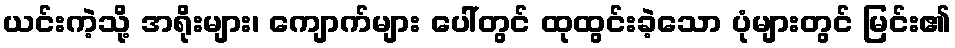
ယင်းကဲ့သို့ အရိုးများ၊ ကျောက်များ ပေါ်တွင် ထုထွင်းခဲ့သော ပုံများတွင် မြင်း၏